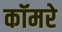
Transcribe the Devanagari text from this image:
कॉमरे